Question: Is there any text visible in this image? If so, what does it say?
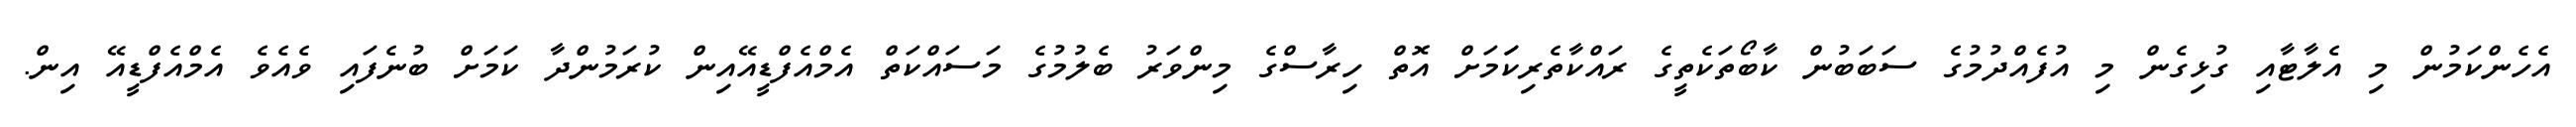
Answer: އެހެންކަމުން މި އެލާޓާއި ގުޅިގެން މި އުފެއްދުމުގެ ސަބަބުން ކާބޯތަކެތީގެ ރައްކާތެރިކަަމަށް އޮތް ހިރާސްގެ މިންވަރު ބެލުމުގެ މަސައްކަތް އެމްއެފްޑީއޭއިން ކުރަމުންދާ ކަމަށް ބުނެފައި ވެއެވެ އެމްއެފްޑީއޭ އިން.